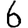
Digit: 6